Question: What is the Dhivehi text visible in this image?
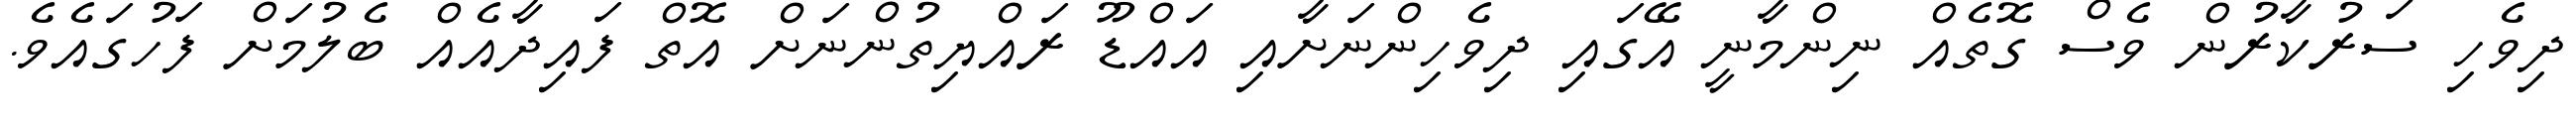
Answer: ދިވެހި ސަރުކާރުން ވެސް ގޮތެއް ނިންމާނީ އޭގައި ދިވެހިންނަށާއި އައްޑޫ ރައްޔިތުންނަށް އޮތް ފައިދާއެއް ބެލުމަށް ފަހުގައެވެ.